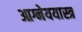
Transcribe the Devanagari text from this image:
आग्नेययास्त्र